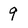
Character: 9